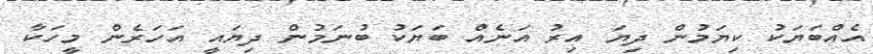
އެއްބަޔަކު ކިޔަމުން ދިޔަ އިރު އަނެއް ބަޔަކު ބުނަމުން ދިޔައީ އަހަރެން މީހަކާ